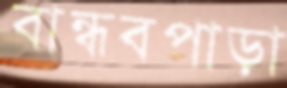
বান্ধবপাড়া